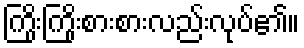
ကြိုးကြိုးစားစားလည်းလုပ်၏။